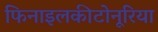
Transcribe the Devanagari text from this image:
फिनाइलकीटोनूरिया